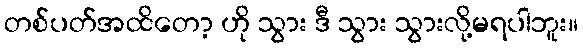
တစ်ပတ်အထိတော့ ဟို သွား ဒီ သွား သွားလို့မရပါဘူး။